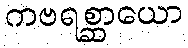
ကဗရစ္ဆာယော